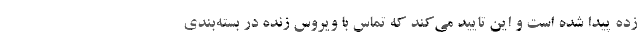
زده پیدا شده است و این تایید می‌کند که تماس با ویروس زنده در بسته‌بندی